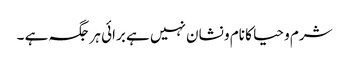
شرم و حیا کا نام و نشان نہیں ہے برائی ہر جگہ ہے ۔